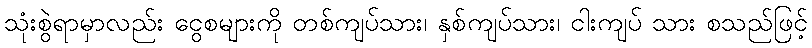
သုံးစွဲရာမှာလည်း ငွေစများကို တစ်ကျပ်သား၊ နှစ်ကျပ်သား၊ ငါးကျပ် သား စသည်ဖြင့်